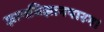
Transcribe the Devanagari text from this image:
ज्ञानविज्ञानपारग।